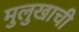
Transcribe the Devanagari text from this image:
मुलुखाची